King Institute of Preventive Medicine Micro-Biological Section reports 1912-19
Year: 1912
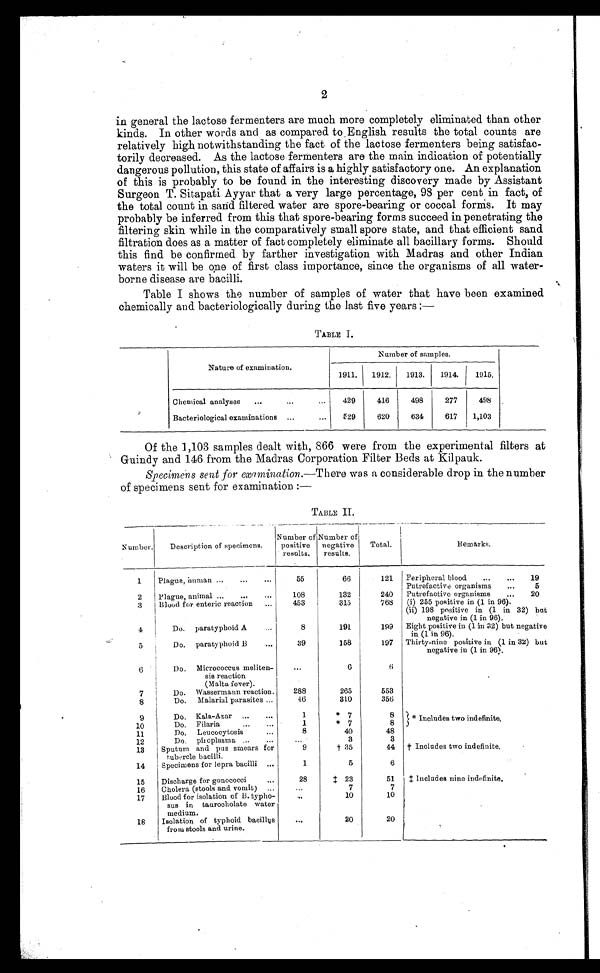
2
in general the lactose fermenters are much more completely eliminated than other
kinds. In other words and as compared to English results the total counts are
relatively high notwithstanding the fact of the lactose fermenters being satisfac--
torily decreased. As the lactose fermenters are the main indication of potentially
dangerous pollution, this state of affairs is a highly satisfactory one. An explanation
of this is probably to be found in the interesting discovery made by Assistant
Surgeon T. Sitapati Ayyar that a very large percentage, 98 per cent in fact, of
the total count in sand filtered water are spore-bearing or coccal forms. It may
probably be inferred from this that spore-bearing forms succeed in penetrating the
filtering skin while in the comparatively small spore state, and that efficient sand
filtration does as a matter of fact completely eliminate all bacillary forms. Should
this find be confirmed by farther investigation with Madras and other Indian
waters it will be one of first class importance, since the organisms of all water
- b o r n e d i s e a s e a r e b a c i l l i .
Table I shows the number of samples of water that have been examined
chemically and bacteriologically during the last five years :—
TABLE I.
Nature of examination.
Number of samples.
1911.
1912.
1913.
1914.
1915.
Chemical analyses . . .
429
416
498
277
498
Bacteriological examinations . . .
529
620
634
617
1,103
Of the 1,103 samples dealt with, 866 were from the experimental filters at
Guindy and 146 from the Madras Corporation Filter Beds at Kilpauk.
Specimens sent for examination.— There was a considerable drop in the number
of specimens sent for examination :—
TABLE II.
Number.
Description of specimens.
Number of
positive
results.
Number of
negative
results.
Total.
Remarks.
1
Plague, human . . .
55
66
121
Peripheral blood. . .
19
Putrefactive organisms . . . 5
2
Plague, animal . . .
108
132
240
Putrefactive organisms . . . 20
3
Blood for enteric reaction . . .
453
315
768
(i) 255 positive in (1 in 96).
(ii) 198 positive in (1 in 32) but
negative in (1 in 96).
4
Do. paratyphoid A . . .
8
191
199
Eight positive in (1 in 32) but negative
in (1 in 96).
5
Do. paratyphoid B . . .
39
158
197
Thirty-nine positive in (1 in 32) but
negative in (1 in 96).
6
Do. Micrococcus meliten
-sis reaction
(Malta fever).
. . .
6
6
7
Do. Wassermann reaction.
288
265
553
8
Do.Malarial parasites . . .
46
310
356
9
Do. Kala-Azar
. . .
1
*
7
8
* Includes two indefinite.
10
Do. Filaria . . .
1
*
7
8
1 1 Do. Leucocytosis . . .
8
40
48
12
Do. pinoplasma . . .
. . .
3
3
13
Sputum and pus smears for
tubercle bacilli.
9
† 35
44
† Includes two indefinite.
14
Specimens for lepra bacilli . . .
1
5
6
15
Discharge for gonococci . . .
28
‡ 2 3
51
‡ Includes nine indefinite.
16
Cholera (stools and vomit) . . .
. . .
7
7
17
Blood for isolation of B. typho-
sus in taurocholate water
medium.
. . .
10
10
18
Isolation of typhoid bacillus
from stools and urine.
. . .
20
20